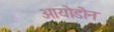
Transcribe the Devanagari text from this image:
आयोडोन